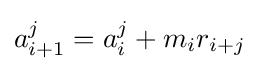
a_{i+1}^{j}=a_{i}^{j}+m_{i}r_{i+j}